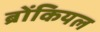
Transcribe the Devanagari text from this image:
ब्रोंकियल